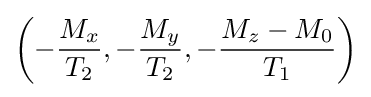
\left(-{\frac {M_{x}}{T_{2}}},-{\frac {M_{y}}{T_{2}}},-{\frac {M_{z}-M_{0}}{T_{1}}}\right)